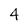
Character: 4